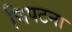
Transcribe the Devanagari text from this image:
चिपटना